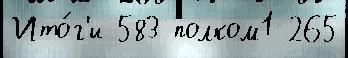
Ито́г'и 583 полком1 265